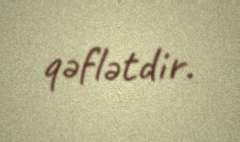
qəflətdir.